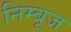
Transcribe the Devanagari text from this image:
निम्बूज